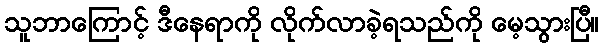
သူဘာကြောင့် ဒီနေရာကို လိုက်လာခဲ့ရသည်ကို မေ့သွားပြီ။